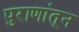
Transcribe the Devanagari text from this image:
पुराणांतून